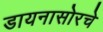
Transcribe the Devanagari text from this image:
डायनासोरचे